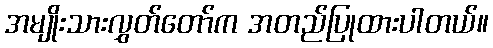
အမျိုးသားလွှတ်တော်က အတည်ပြုထားပါတယ်။